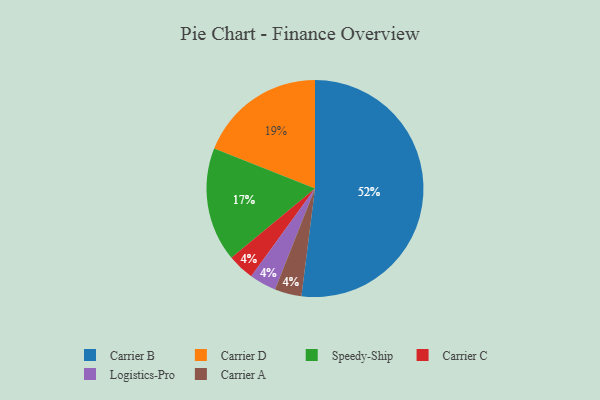
{"axis": {"x": "Category", "y": "Percentage"}, "legend": ["Carrier A", "Carrier B", "Carrier C", "Carrier D", "Logistics-Pro", "Speedy-Ship"], "data": [{"x": "Carrier C", "y": 4, "type": "Carrier C"}, {"x": "Logistics-Pro", "y": 4, "type": "Logistics-Pro"}, {"x": "Speedy-Ship", "y": 17, "type": "Speedy-Ship"}, {"x": "Carrier D", "y": 19, "type": "Carrier D"}, {"x": "Carrier A", "y": 4, "type": "Carrier A"}, {"x": "Carrier B", "y": 52, "type": "Carrier B"}]}